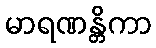
မာရဏန္တိကာ